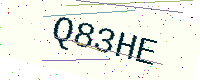
Text: Q83HE